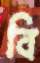
বি